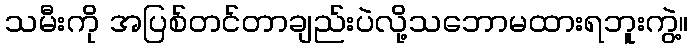
သမီးကို အပြစ်တင်တာချည်းပဲလို့သဘောမထားရဘူးကွဲ့။